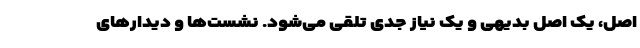
اصل،‌ یک اصل بدیهی و یک نیاز جدی تلقی می‌شود. نشست‌ها و دیدارهای